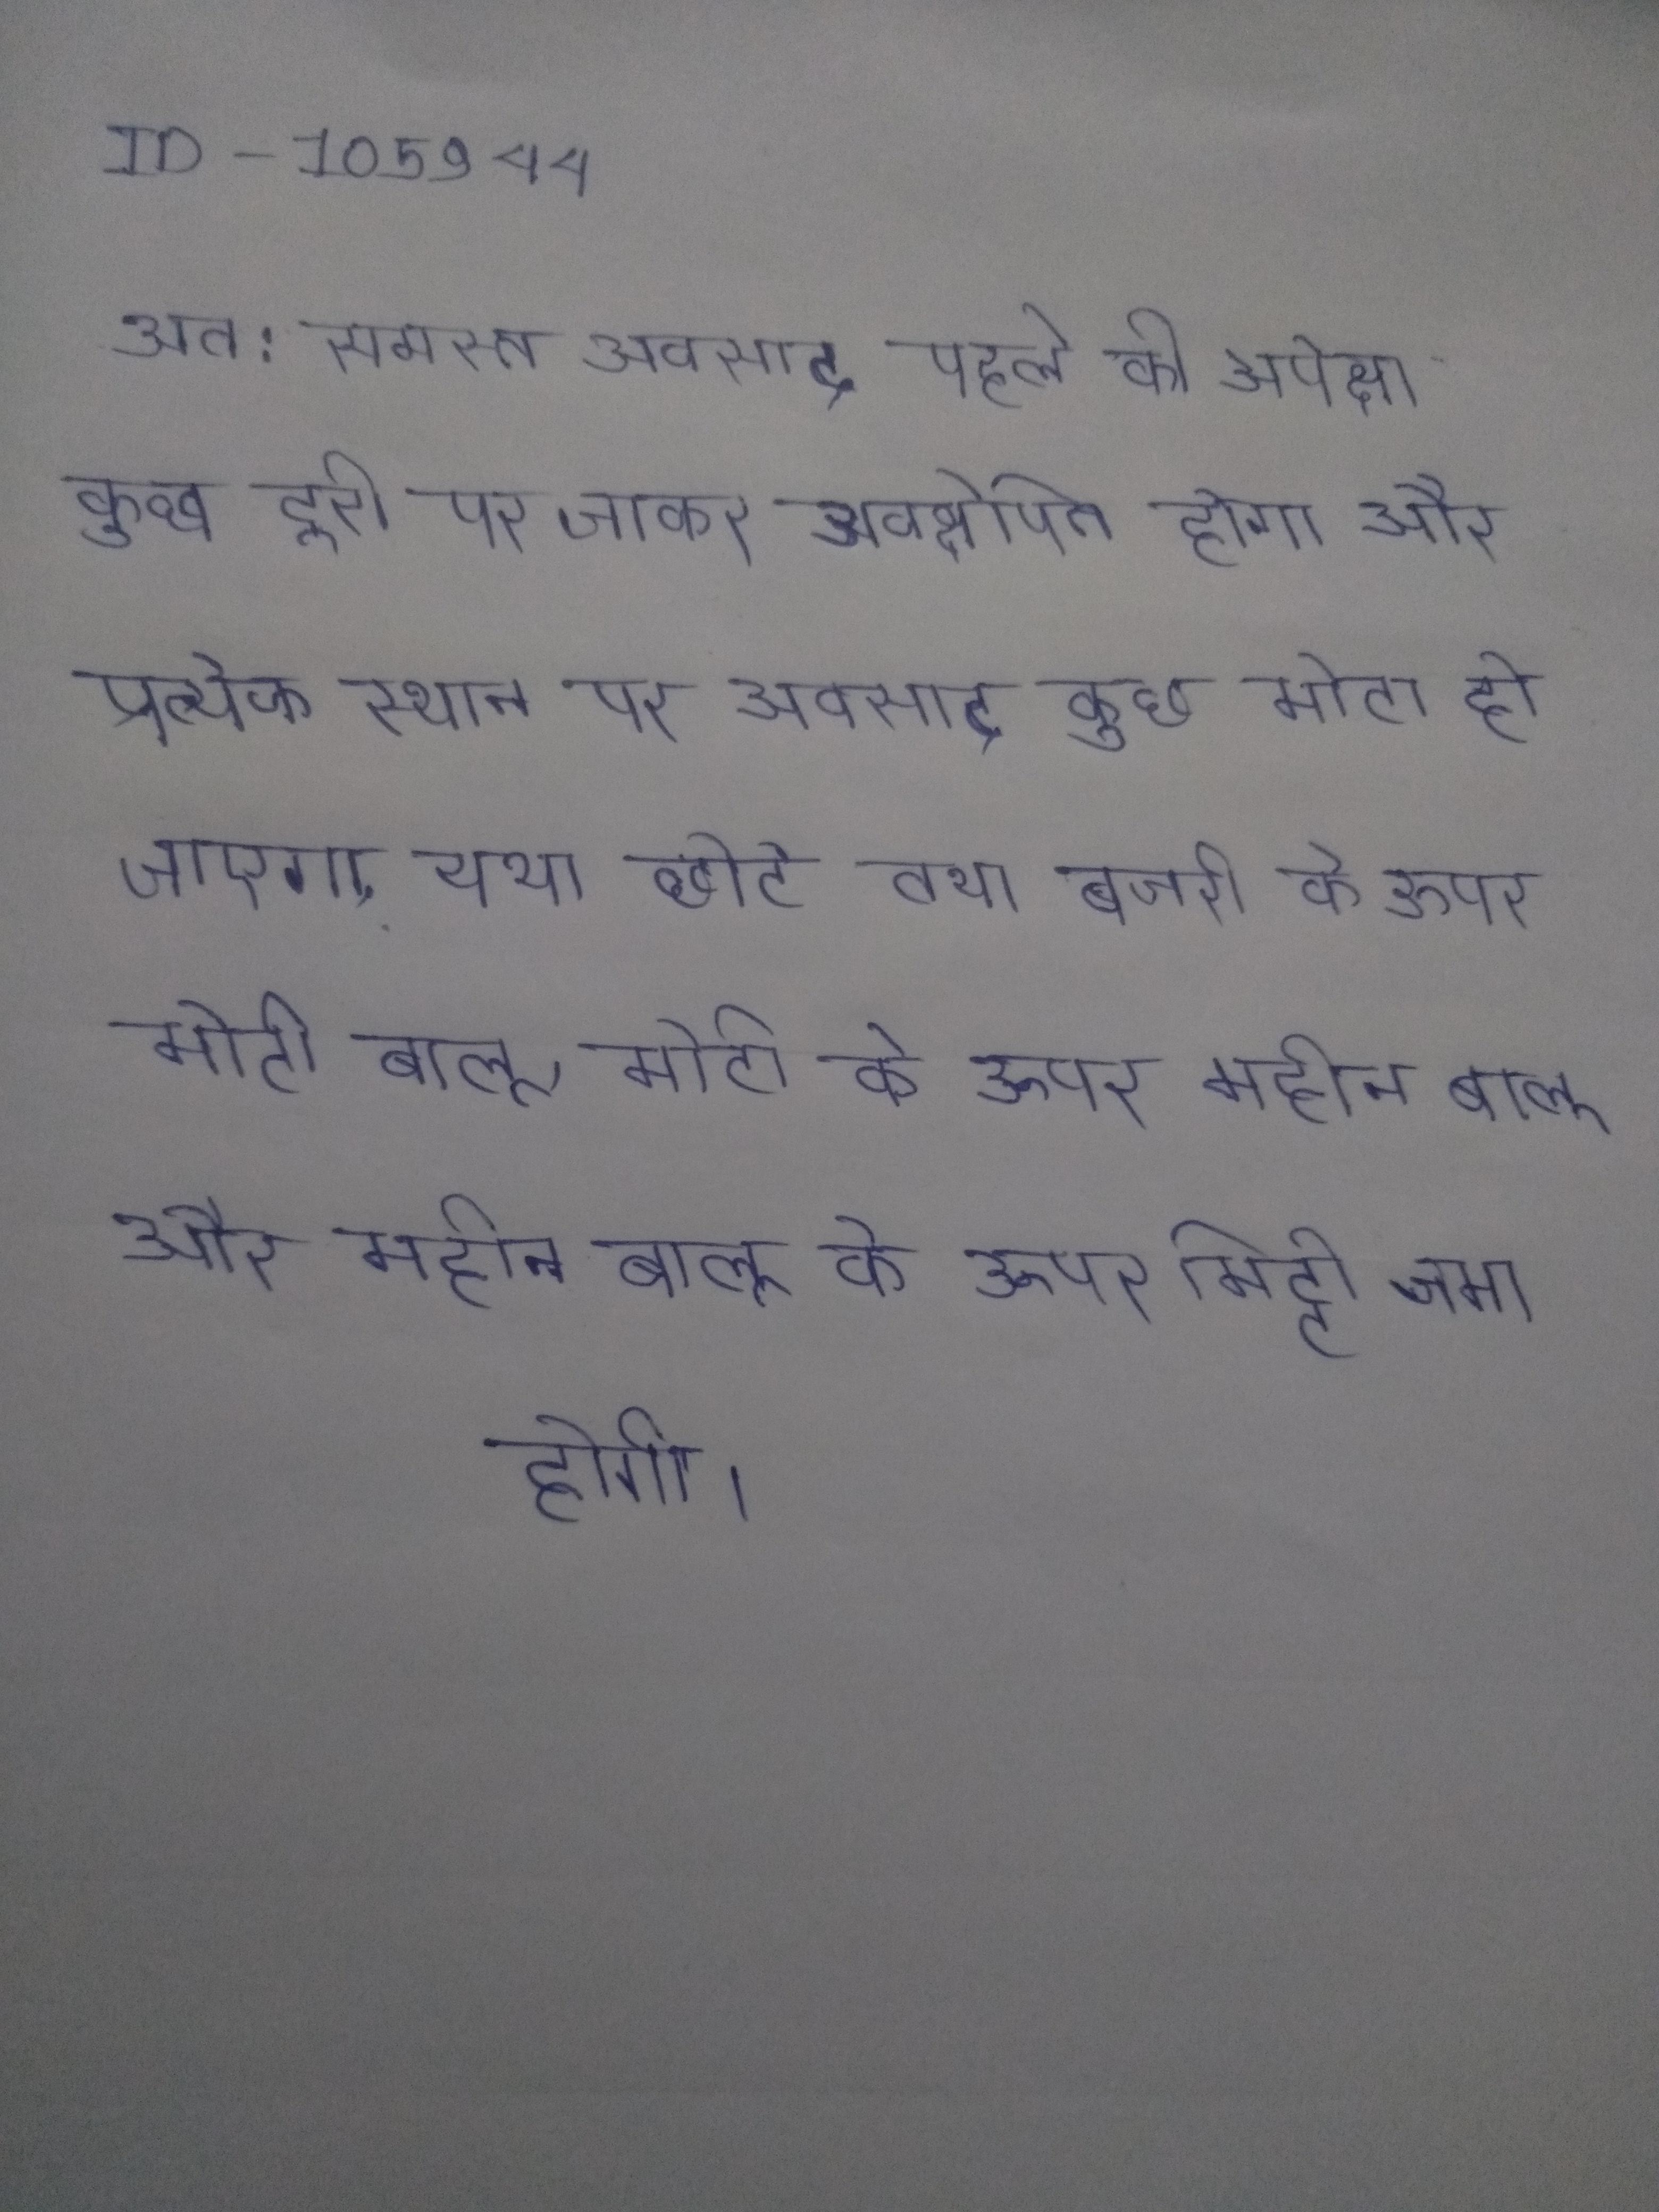
अत: समस्त अवसाद पहले की अपेक्षा कुछ दूरी पर जाकर अवक्षेपित होगा और प्रत्येक स्थान पर अवसाद कुछ मोटा हो जाएगा, यथा छोटे तथा बजरी के ऊपर मोटी बालू, मोटी के ऊपर महीन बालू और महीन बालू के ऊपर मिट्टी जमा होगी ।